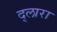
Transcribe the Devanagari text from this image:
द्लारा